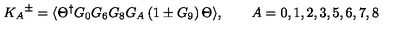
{ K _ { A } } ^ { \pm } = \langle \Theta ^ { \dagger } G _ { 0 } G _ { 6 } G _ { 8 } G _ { A } \left( 1 \pm G _ { 9 } \right) \Theta \rangle , \qquad A = 0 , 1 , 2 , 3 , 5 , 6 , 7 , 8